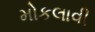
મોકલાવી